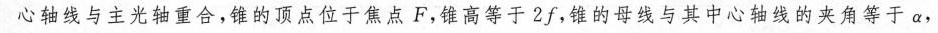
心轴线与主光轴重合，锥的顶点位于焦点F，锥高等于2f，锥的母线与其中心轴线的夹角等于α，